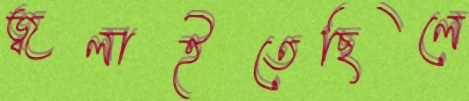
জ্বলাইতেছিলে